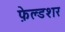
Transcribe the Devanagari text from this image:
फ़ेल्डशर